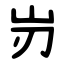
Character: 岃